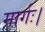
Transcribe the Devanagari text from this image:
मार्गः।